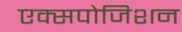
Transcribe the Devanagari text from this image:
एक्सपोजिशन